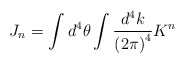
\begin{align*}J_n=\int d^4\theta\int\frac{d^4k}{{(2\pi)}^4}K^n\end{align*}